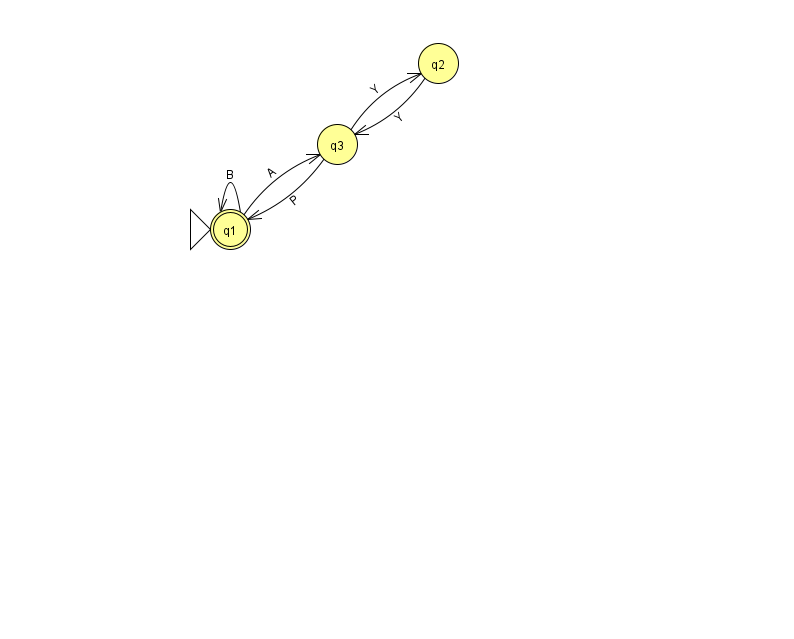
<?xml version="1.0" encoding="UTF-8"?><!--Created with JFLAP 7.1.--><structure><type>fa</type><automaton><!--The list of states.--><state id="1" name="q1"><x>230.0</x><y>216.0</y><initial/><final/></state><state id="2" name="q2"><x>438.0</x><y>50.0</y></state><state id="3" name="q3"><x>337.0</x><y>131.0</y></state><!--The list of transitions.--><transition><from>1</from><to>1</to><read>B</read></transition><transition><from>2</from><to>3</to><read>Y</read></transition><transition><from>3</from><to>2</to><read>Y</read></transition><transition><from>3</from><to>1</to><read>P</read></transition><transition><from>1</from><to>3</to><read>A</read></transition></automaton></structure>